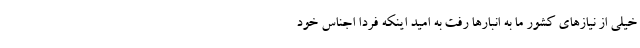
خیلی از نیازهای کشور ما به انبارها رفت به امید اینکه فردا اجناس خود